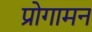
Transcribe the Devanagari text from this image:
प्रोगामन